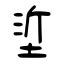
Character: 垽